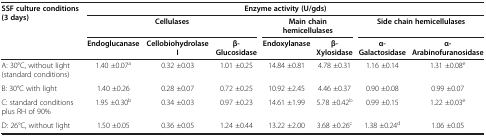
| <ROWSPAN=2> SSF culture conditions (3 days) | <COLSPAN=7> Enzyme activity (U/gds) |
 | <COLSPAN=3> Cellulases | <COLSPAN=2> Main chain hemicellulases | <COLSPAN=2> Side chain hemicellulases |
 |  | Endoglucanase | Cellobiohydrolase I | β-Glucosidase | Endoxylanase | β-Xylosidase | α-Galactosidase | α-Arabinofuranosidase |
 | --- | --- | --- | --- | --- | --- | --- | --- |
 | A: 30°C, without light (standard conditions) | 1.40 ±0.07a | 0.32 ±0.03 | 1.01 ±0.25 | 14.84 ±0.81 | 4.78 ±0.31 | 1.16 ±0.14 | 1.31 ±0.08e |
 | B: 30°C with light | 1.40 ±0.26 | 0.28 ±0.07 | 0.72 ±0.25 | 10.92 ±2.45 | 4.46 ±0.37 | 0.90 ±0.08 | 0.99 ±0.07 |
 | C: standard conditions plus RH of 90% | 1.95 ±0.30b | 0.34 ±0.03 | 0.97 ±0.23 | 14.61 ±1.99 | 5.78 ±0.42b | 0.99 ±0.15 | 1.22 ±0.03e |
 | D: 26°C, without light | 1.50 ±0.05 | 0.36 ±0.05 | 1.24 ±0.44 | 13.22 ±2.00 | 3.68 ±0.26c | 1.38 ±0.24d | 1.06 ±0.05 |